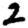
Digit: 2